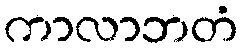
ကာလာဘတံ